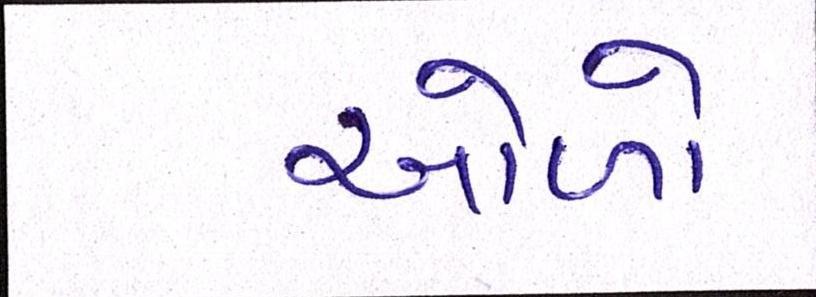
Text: ઓળો